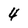
Character: 4